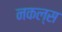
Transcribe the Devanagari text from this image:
नकल्स